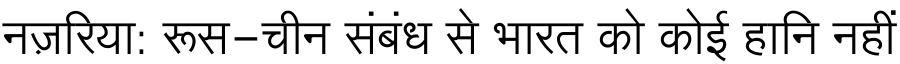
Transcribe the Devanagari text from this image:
नज़रिया: रूस-चीन संबंध से भारत को कोई हानि नहीं